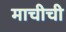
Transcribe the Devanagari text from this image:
माचीची